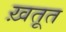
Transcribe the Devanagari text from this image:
ख़तूत